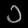
Digit: ၁